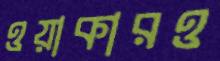
ওয়াকারও